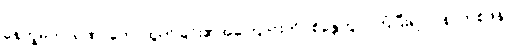
နေက္ခမကာရဏ၊ တောထွက်ခြင်း၏အကြောင်းကို။ စိန္တေတွာ၊ ကြံပြီး၍။ ပုန၊ တစ်ဖန်။